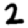
Digit: 2